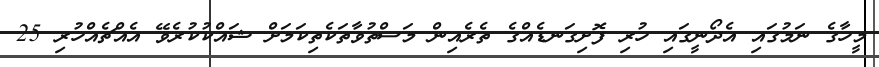
މީހާގެ ނަމުގައި އެދޯނީގައި ހުރި ފޮށިގަނޑެއްގެ ތެރެއިން މަސްތުވާތަކެތިކަމަށް ޝައްކުކުރެވޭ އެއްޗެއްހުރި 25